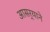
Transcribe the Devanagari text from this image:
आसर्‍याने